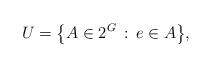
LaTeX: \begin{align*}U = \big\{ A \in 2^G \, : \, e \in A \big\},\end{align*}